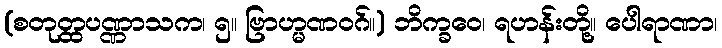
(စတုတ္ထပဏ္ဏာသက၊ ၅။ ဗြာဟ္မဏဝဂ်။) ဘိက္ခဝေ၊ ရဟန်းတို့။ ပေါရာဏာ၊